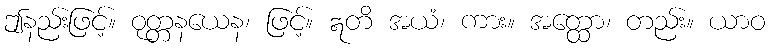
ဤနည်းဖြင့်။ ဝုတ္တနယေန၊ ဖြင့်။ ဣတိ အယံ၊ ကား။ အတ္ထော၊ တည်း။ ယာဝ